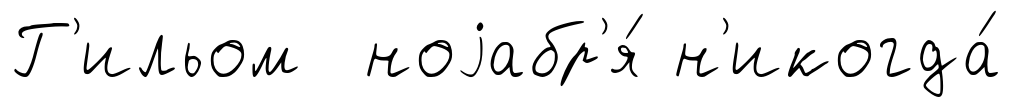
Г'ильом ноjабр'я́ н'икогда́